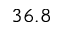
3 6 . 8